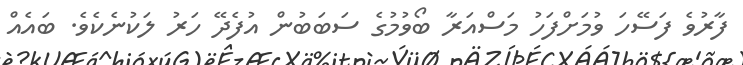
ފާރުވެ ފަސޭހަ ވުމަށްފަހު މަސްއަރާ ބޯވުމުގެ ސަބަބުން އުފެދޭ ހަރު ލަކުނެކެވެ. ބައެއް